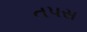
તપસ